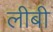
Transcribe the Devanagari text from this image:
लीबी